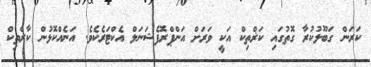
ކަރަން ގަބޫލުކުރާ ގޮތުގައި ކަޜްތިކް އަކީ ވަރަށް އަންޕްރޮފެޝަނަލް އެކްޓަރެކެވެ. އަނެއްކޮޅުން ކާރްތިކް